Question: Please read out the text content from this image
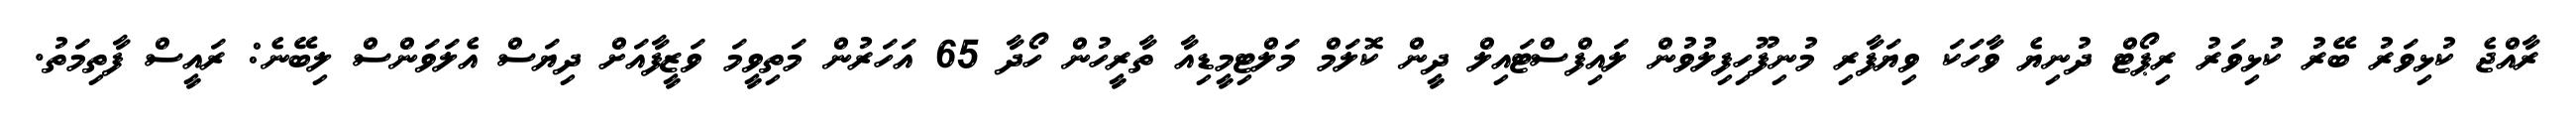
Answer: ރާއްޖެ ކުޅިވަރު ބޭރު ކުޅިވަރު ރިޕޯޓް ދުނިޔެ ވާހަކަ ވިޔަފާރި މުނިފޫހިފިލުވުން ލައިފްސްޓައިލް ދީން ކޮލަމް މަލްޓިމީޑިއާ ތާރީހުން ހޯދާ 65 އަހަރުން މަތިވީމަ ވަޒީފާއަށް ދިޔަސް އެލަވަންސް ލިބޭނެ: ރައީސް ފާތިމަތު.